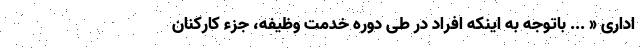
اداری « ... باتوجه به اینکه افراد در طی دوره خدمت وظیفه، جزء کارکنان